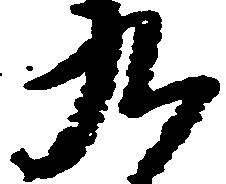
九